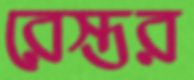
রেস্তর